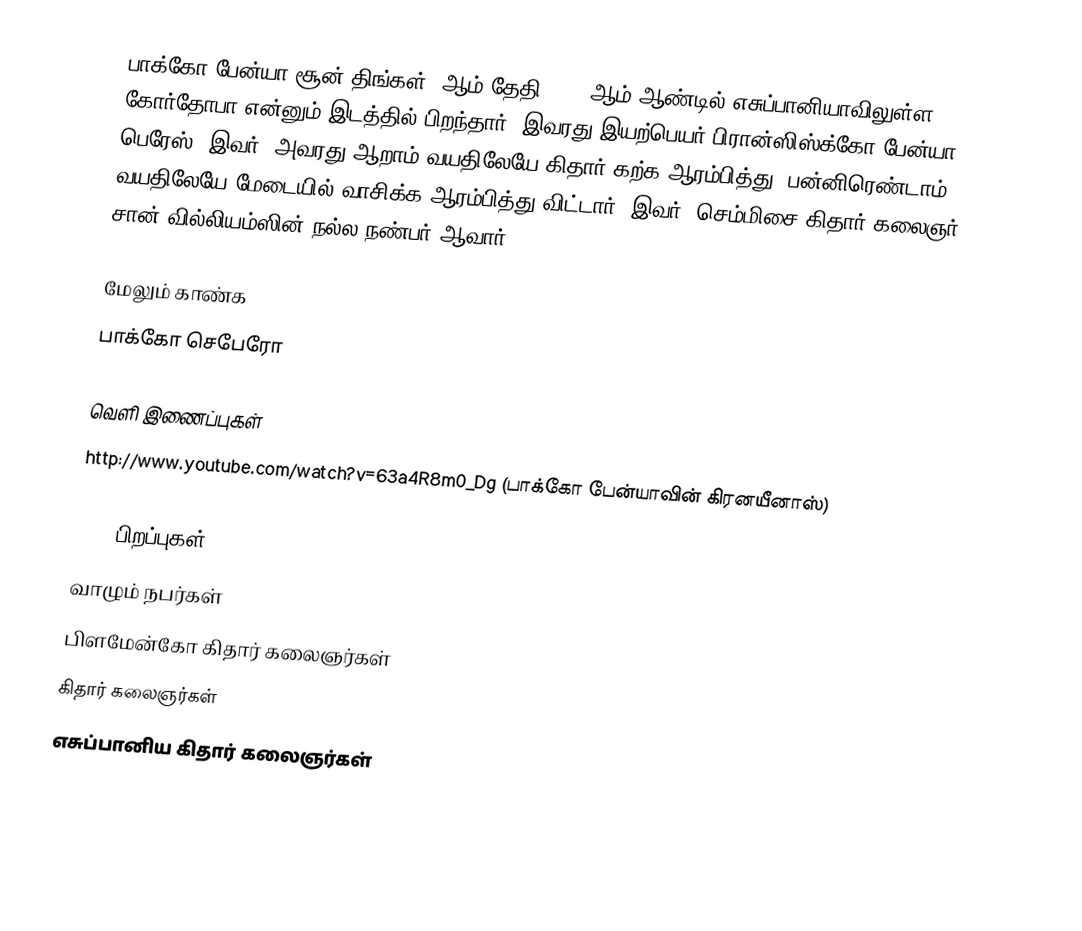
பாக்கோ பேன்யா சூன் திங்கள் 1ஆம் தேதி 1942 ஆம் ஆண்டில் எசுப்பானியாவிலுள்ள கோர்தோபா என்னும் இடத்தில் பிறந்தார். இவரது இயற்பெயர் பிரான்ஸிஸ்க்கோ பேன்யா பெரேஸ். இவர், அவரது ஆறாம் வயதிலேயே கிதார் கற்க ஆரம்பித்து, பன்னிரெண்டாம் வயதிலேயே மேடையில் வாசிக்க ஆரம்பித்து விட்டார். இவர், செம்மிசை கிதார் கலைஞர் சான் வில்லியம்ஸின் நல்ல நண்பர் ஆவார்.

மேலும் காண்க
 பாக்கோ செபேரோ

வெளி இணைப்புகள்
http://www.youtube.com/watch?v=63a4R8m0_Dg (பாக்கோ பேன்யாவின் கிரனயீனாஸ்)

1942 பிறப்புகள்
வாழும் நபர்கள்
பிளமேன்கோ கிதார் கலைஞர்கள்
கிதார் கலைஞர்கள்
எசுப்பானிய கிதார் கலைஞர்கள்